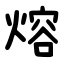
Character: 熔